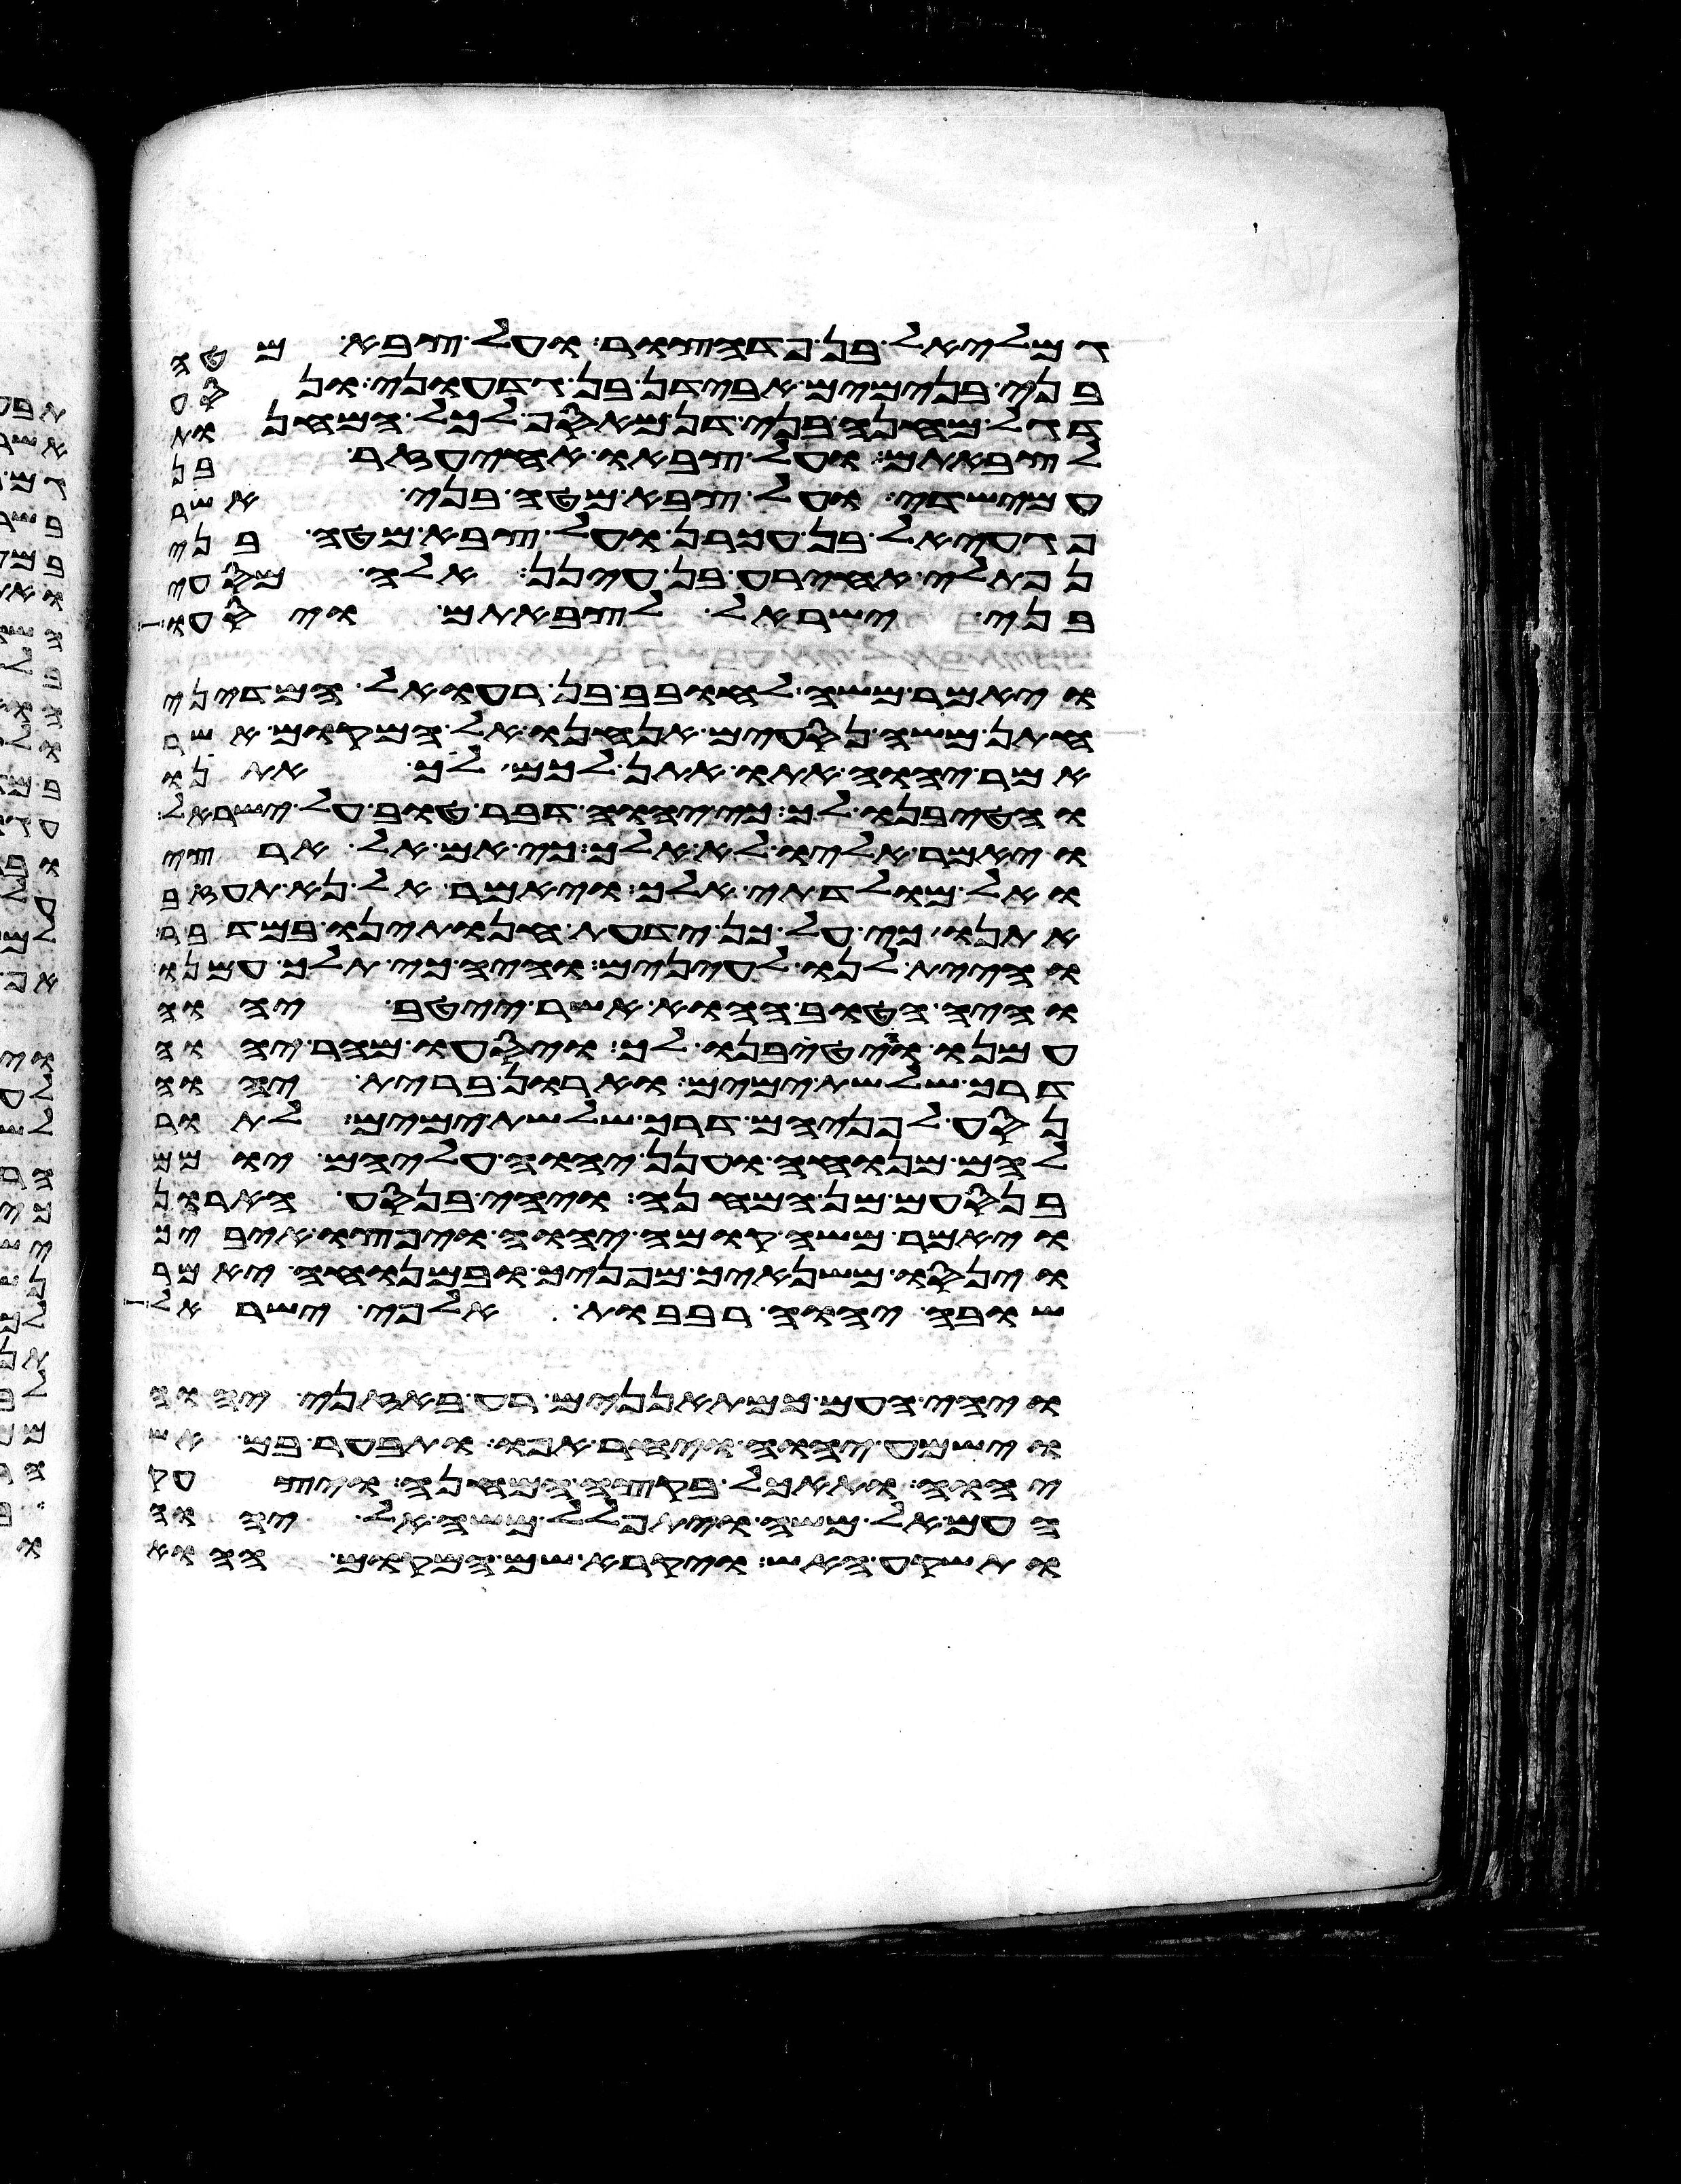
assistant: גמלאל בן פדהצור ועל צבא מטה
בני בנימים אבידן בן גדעוני ונסע
דגל מחנה בני דן מאסף לכל המחנות
לצבאתם ועל צבאו אחיעזר בן
עמישדי ועל צבא מטה בני אשר
פגעאל בן עכרן ועל צבא מטה בני
נפתלי אחירע בן עינן אלה מסעי
בני ישראל לצבאתם ויסעו
ויאמר משה לחובב בן רעואל המדיני
חתן משה נסעים אנחנו אל המקום אשר
אמר יהוה אתו אתן לכם לך אתנו
והטיבנו לך כי יהוה דבר טוב על ישראל
ויאמר אליו לא אלך כי אם אל ארצי
ואל מולדתי אלך ויאמר אל נא תעזב
אתנו כי על כן ידעת חנתינו במדבר
והיית לנו לעינים והיה כי תלך עמנו
והיה הטוב ההוא אשר ייטב יהוה
עמנו והטיבנו לך ויסעו מהר יהוה
דרך שלשת ימים וארון ברית יהוה
נסע לפניהם דרך שלשת ימים לתור
להם מנוחה וענן יהוה עליהם יומם
בנסעם מן המחנה ויהי בנסע הארון
ויאמר משה קומה יהוה ויפוצו איביך
וינסו משנאיך מפניך ובמנוחה יאמר
שובה יהוה רבבות אלפי ישראל
ויהי העם כמתאננים רע באזני יהוה
וישמע יהוה ויחר אפו ותבער בם אש
יהוה ותאכל בקצה המחנה ויצעק
העם אל משה ויתפלל משה אל יהוה
ותשקע האש ויקרא שם המקום ההוא